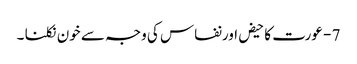
7 - عورت کا حیض اورنفاس کی وجہ سے خون نکلنا ۔